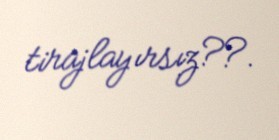
tirajlayırsız??.